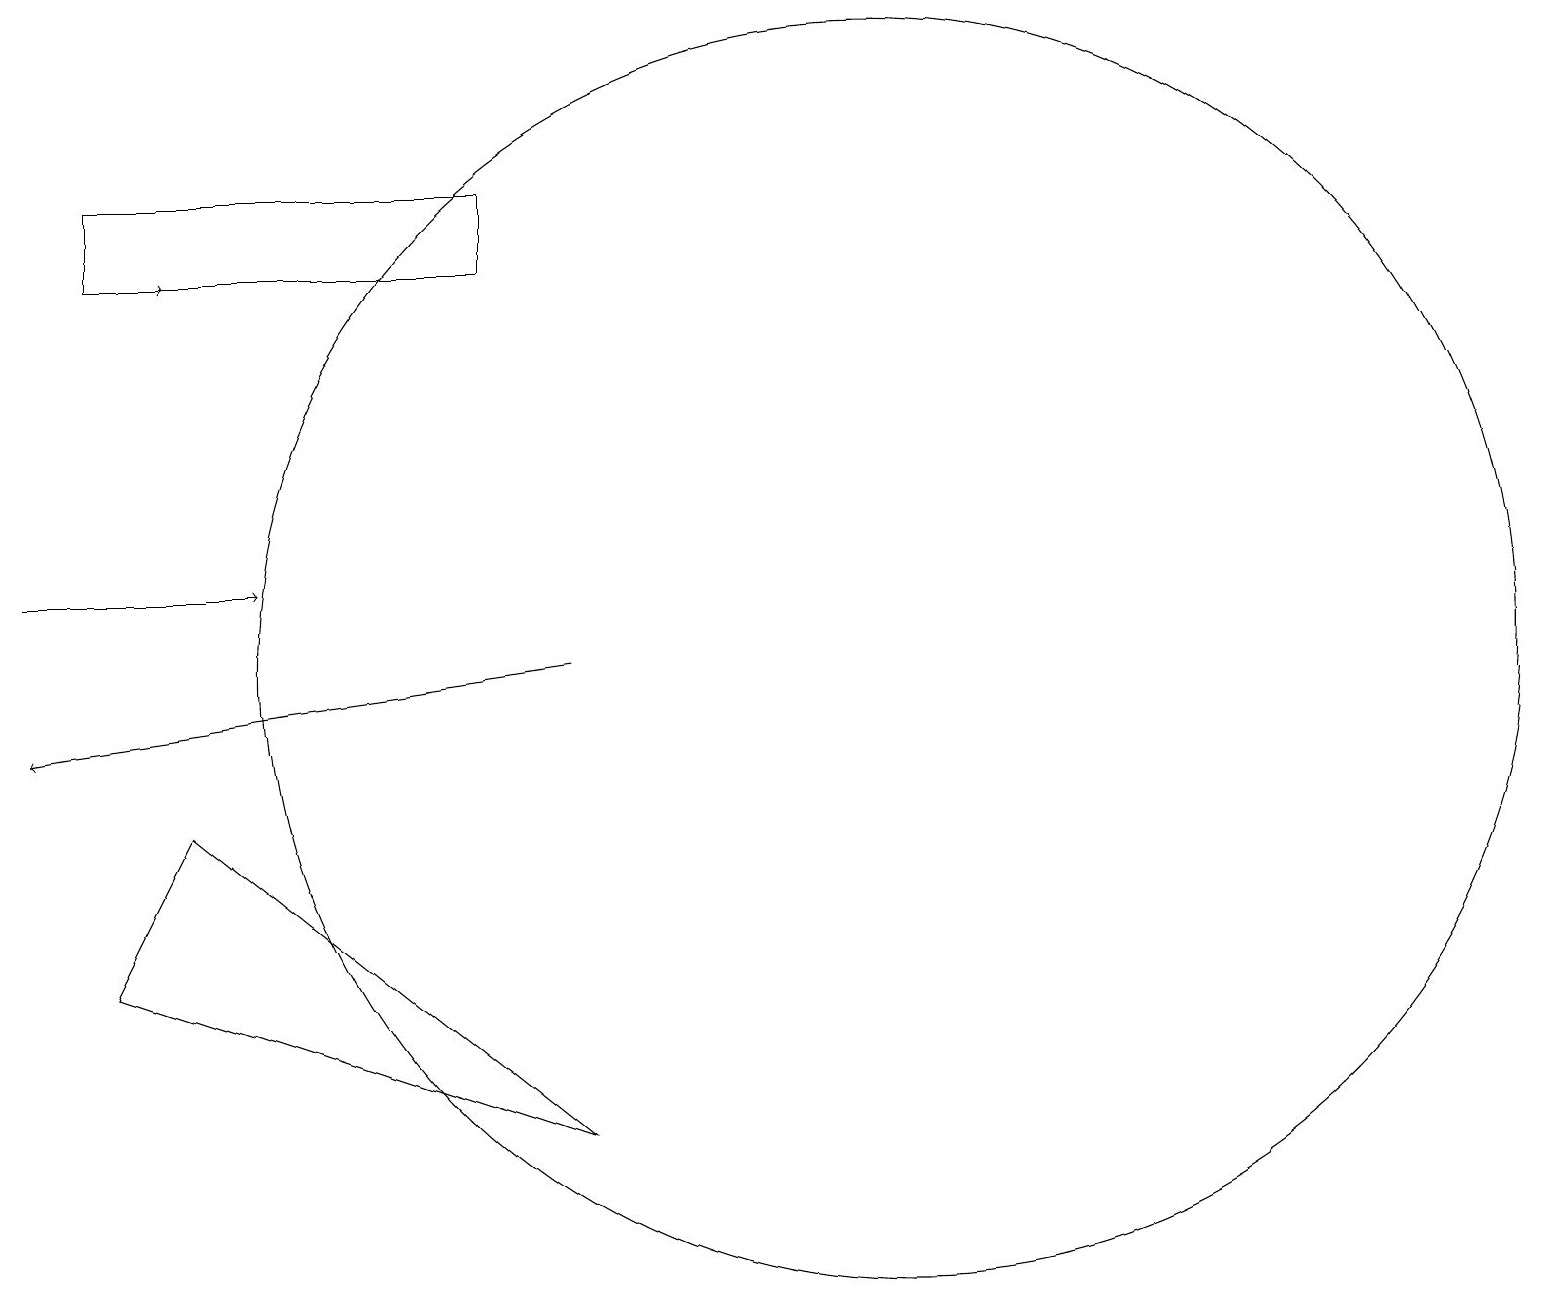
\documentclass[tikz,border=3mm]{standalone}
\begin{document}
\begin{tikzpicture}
\draw (11,11) circle (0);
\draw[->] (0,12) -- (3,12);
\draw[->] (7,11) -- (0,10);
\draw[->] (1,16) -- (2,16);
\draw (1,7) -- (7,5) -- (2,9) -- cycle;
\draw (1,16) rectangle (6,17);
\draw (11,11) circle (8);
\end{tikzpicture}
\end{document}